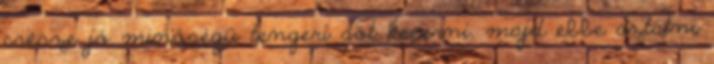
csésze jó minőségű tengeri sót keverni, majd ebbe áztatni